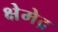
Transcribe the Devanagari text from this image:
क्षेमेद्र